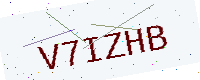
Text: V7IZHB